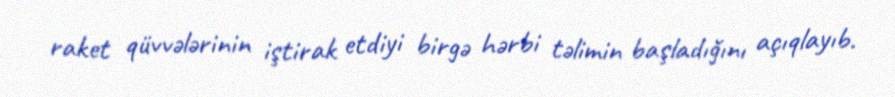
raket qüvvələrinin iştirak etdiyi birgə hərbi təlimin başladığını açıqlayıb.